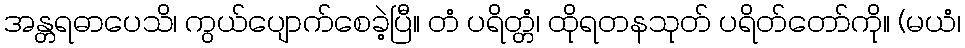
အန္တရဓာပေသိ၊ ကွယ်ပျောက်စေခဲ့ပြီ။ တံ ပရိတ္တံ၊ ထိုရတနသုတ် ပရိတ်တော်ကို။ (မယံ၊